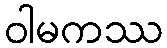
ဝါမကဿ